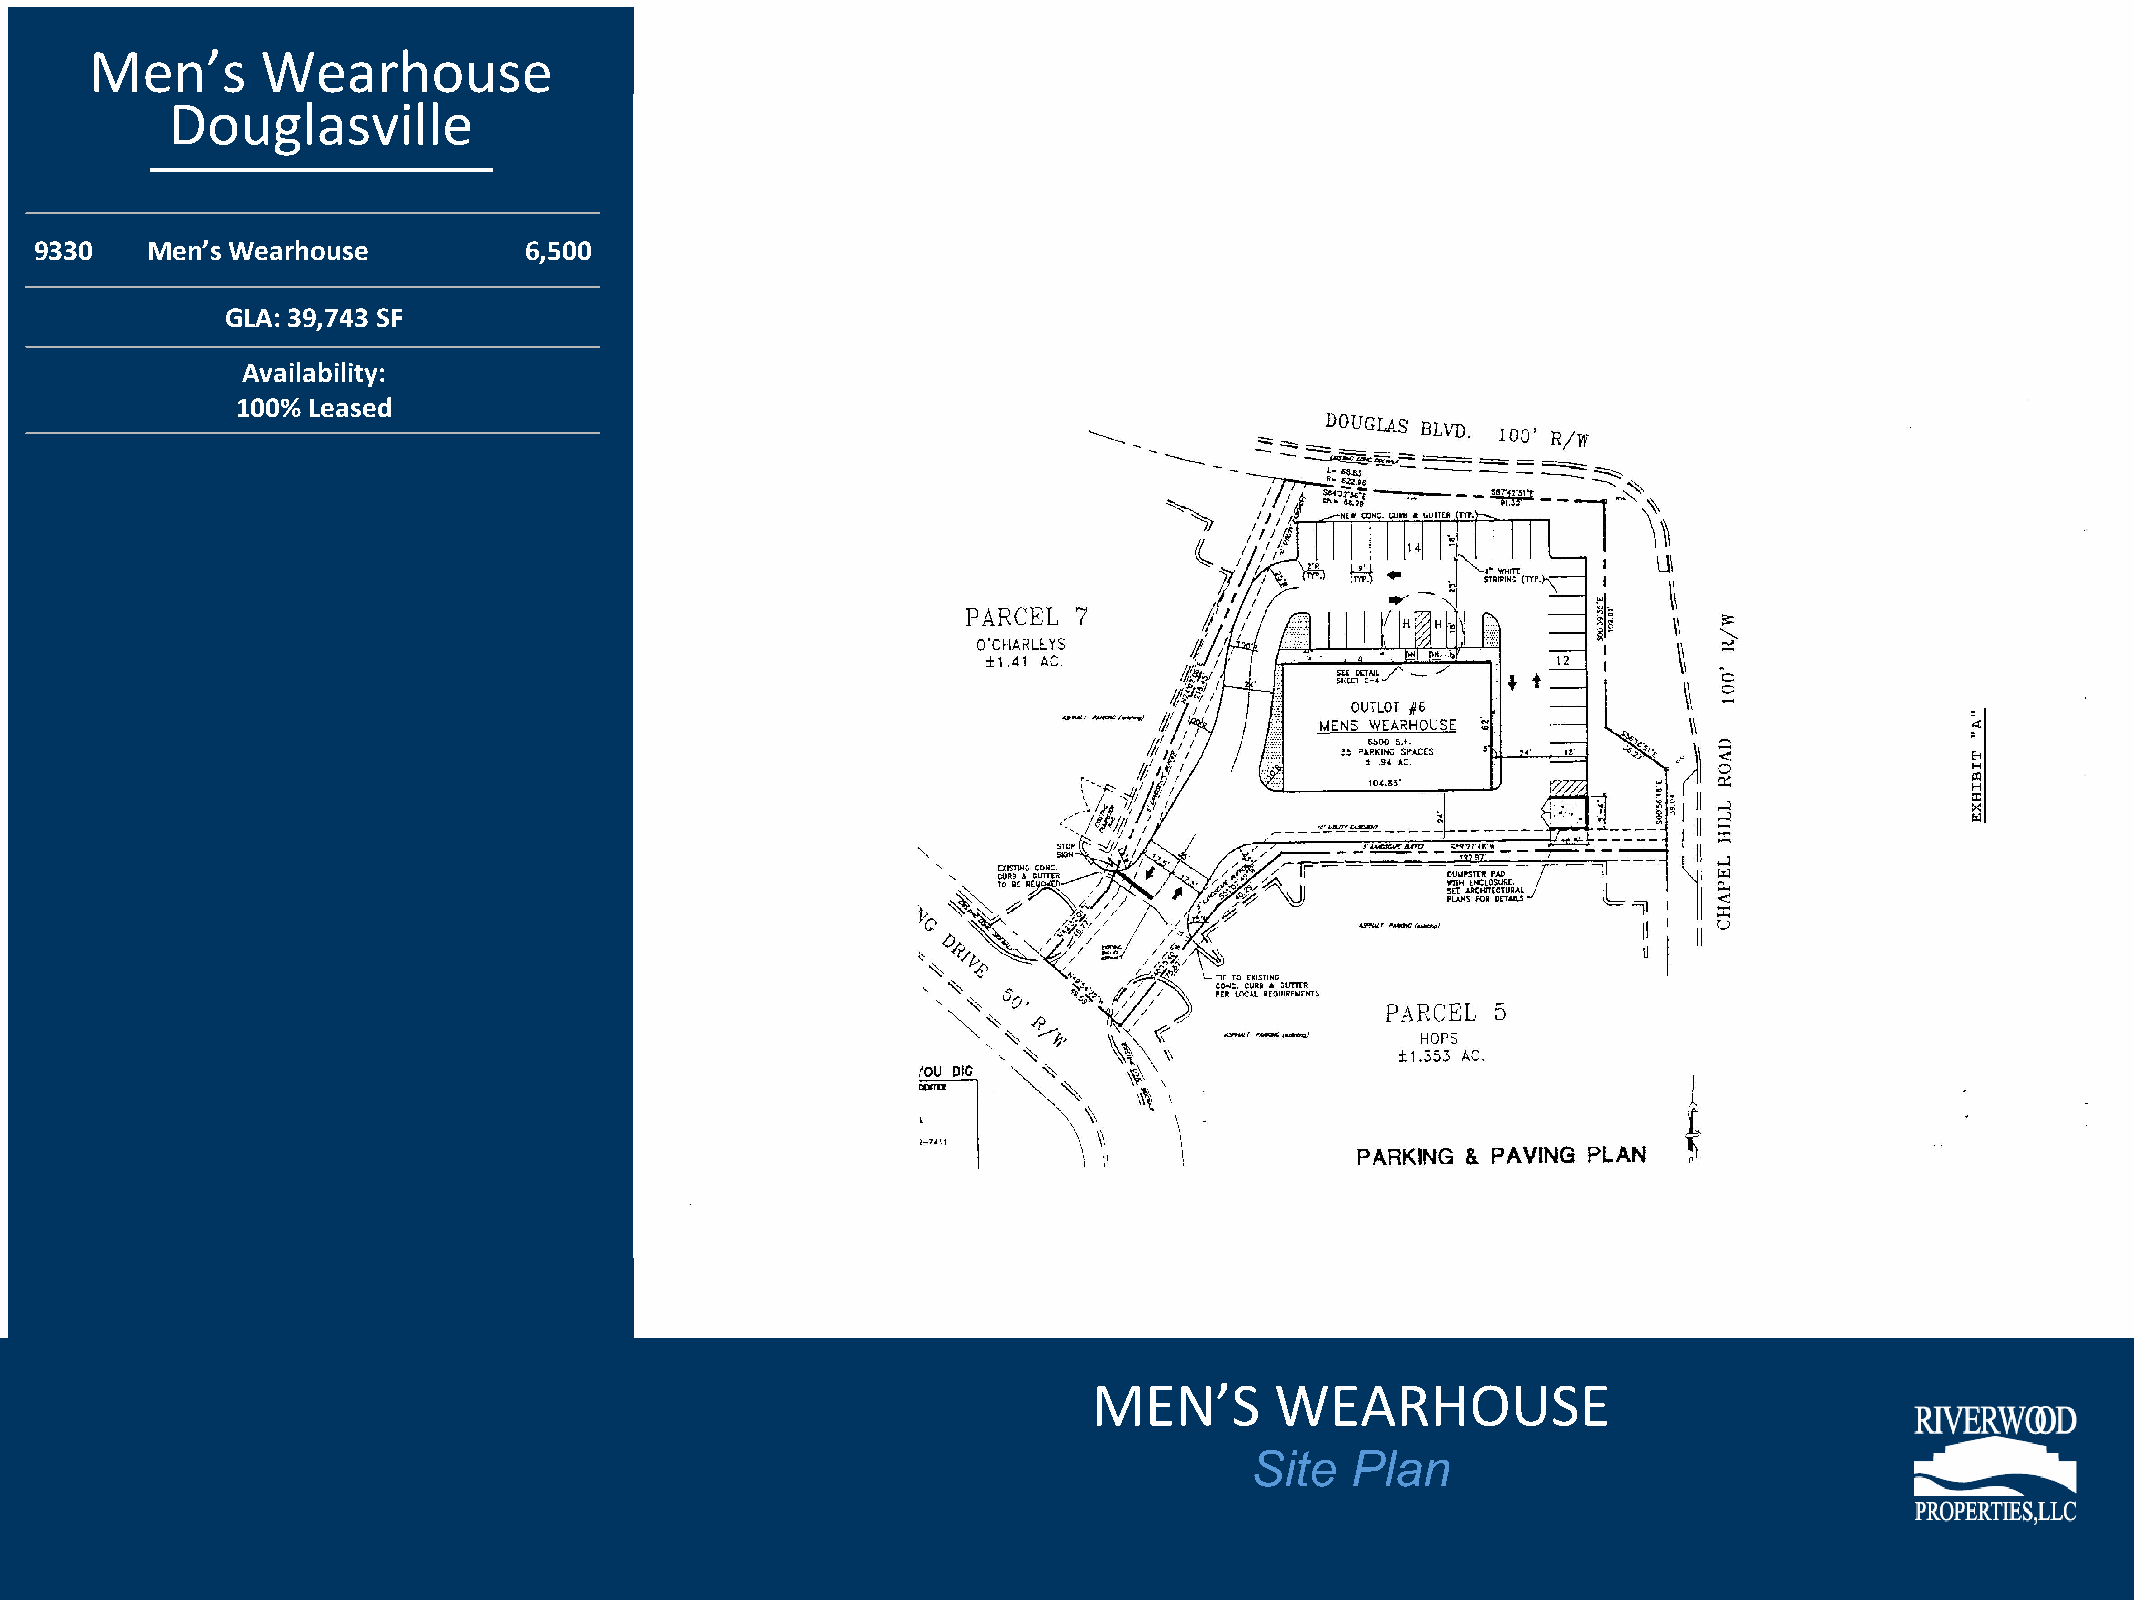
Men’s      Wearhouse
 Douglasville
 9330    Men’s Wearhouse          6,500
 GLA: 39,743 SF
 Availability:
 100% Leased
 MEN’S       WEARHOUSE
 Site  Plan